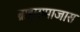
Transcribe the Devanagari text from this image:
ब्राह्मसमाजास